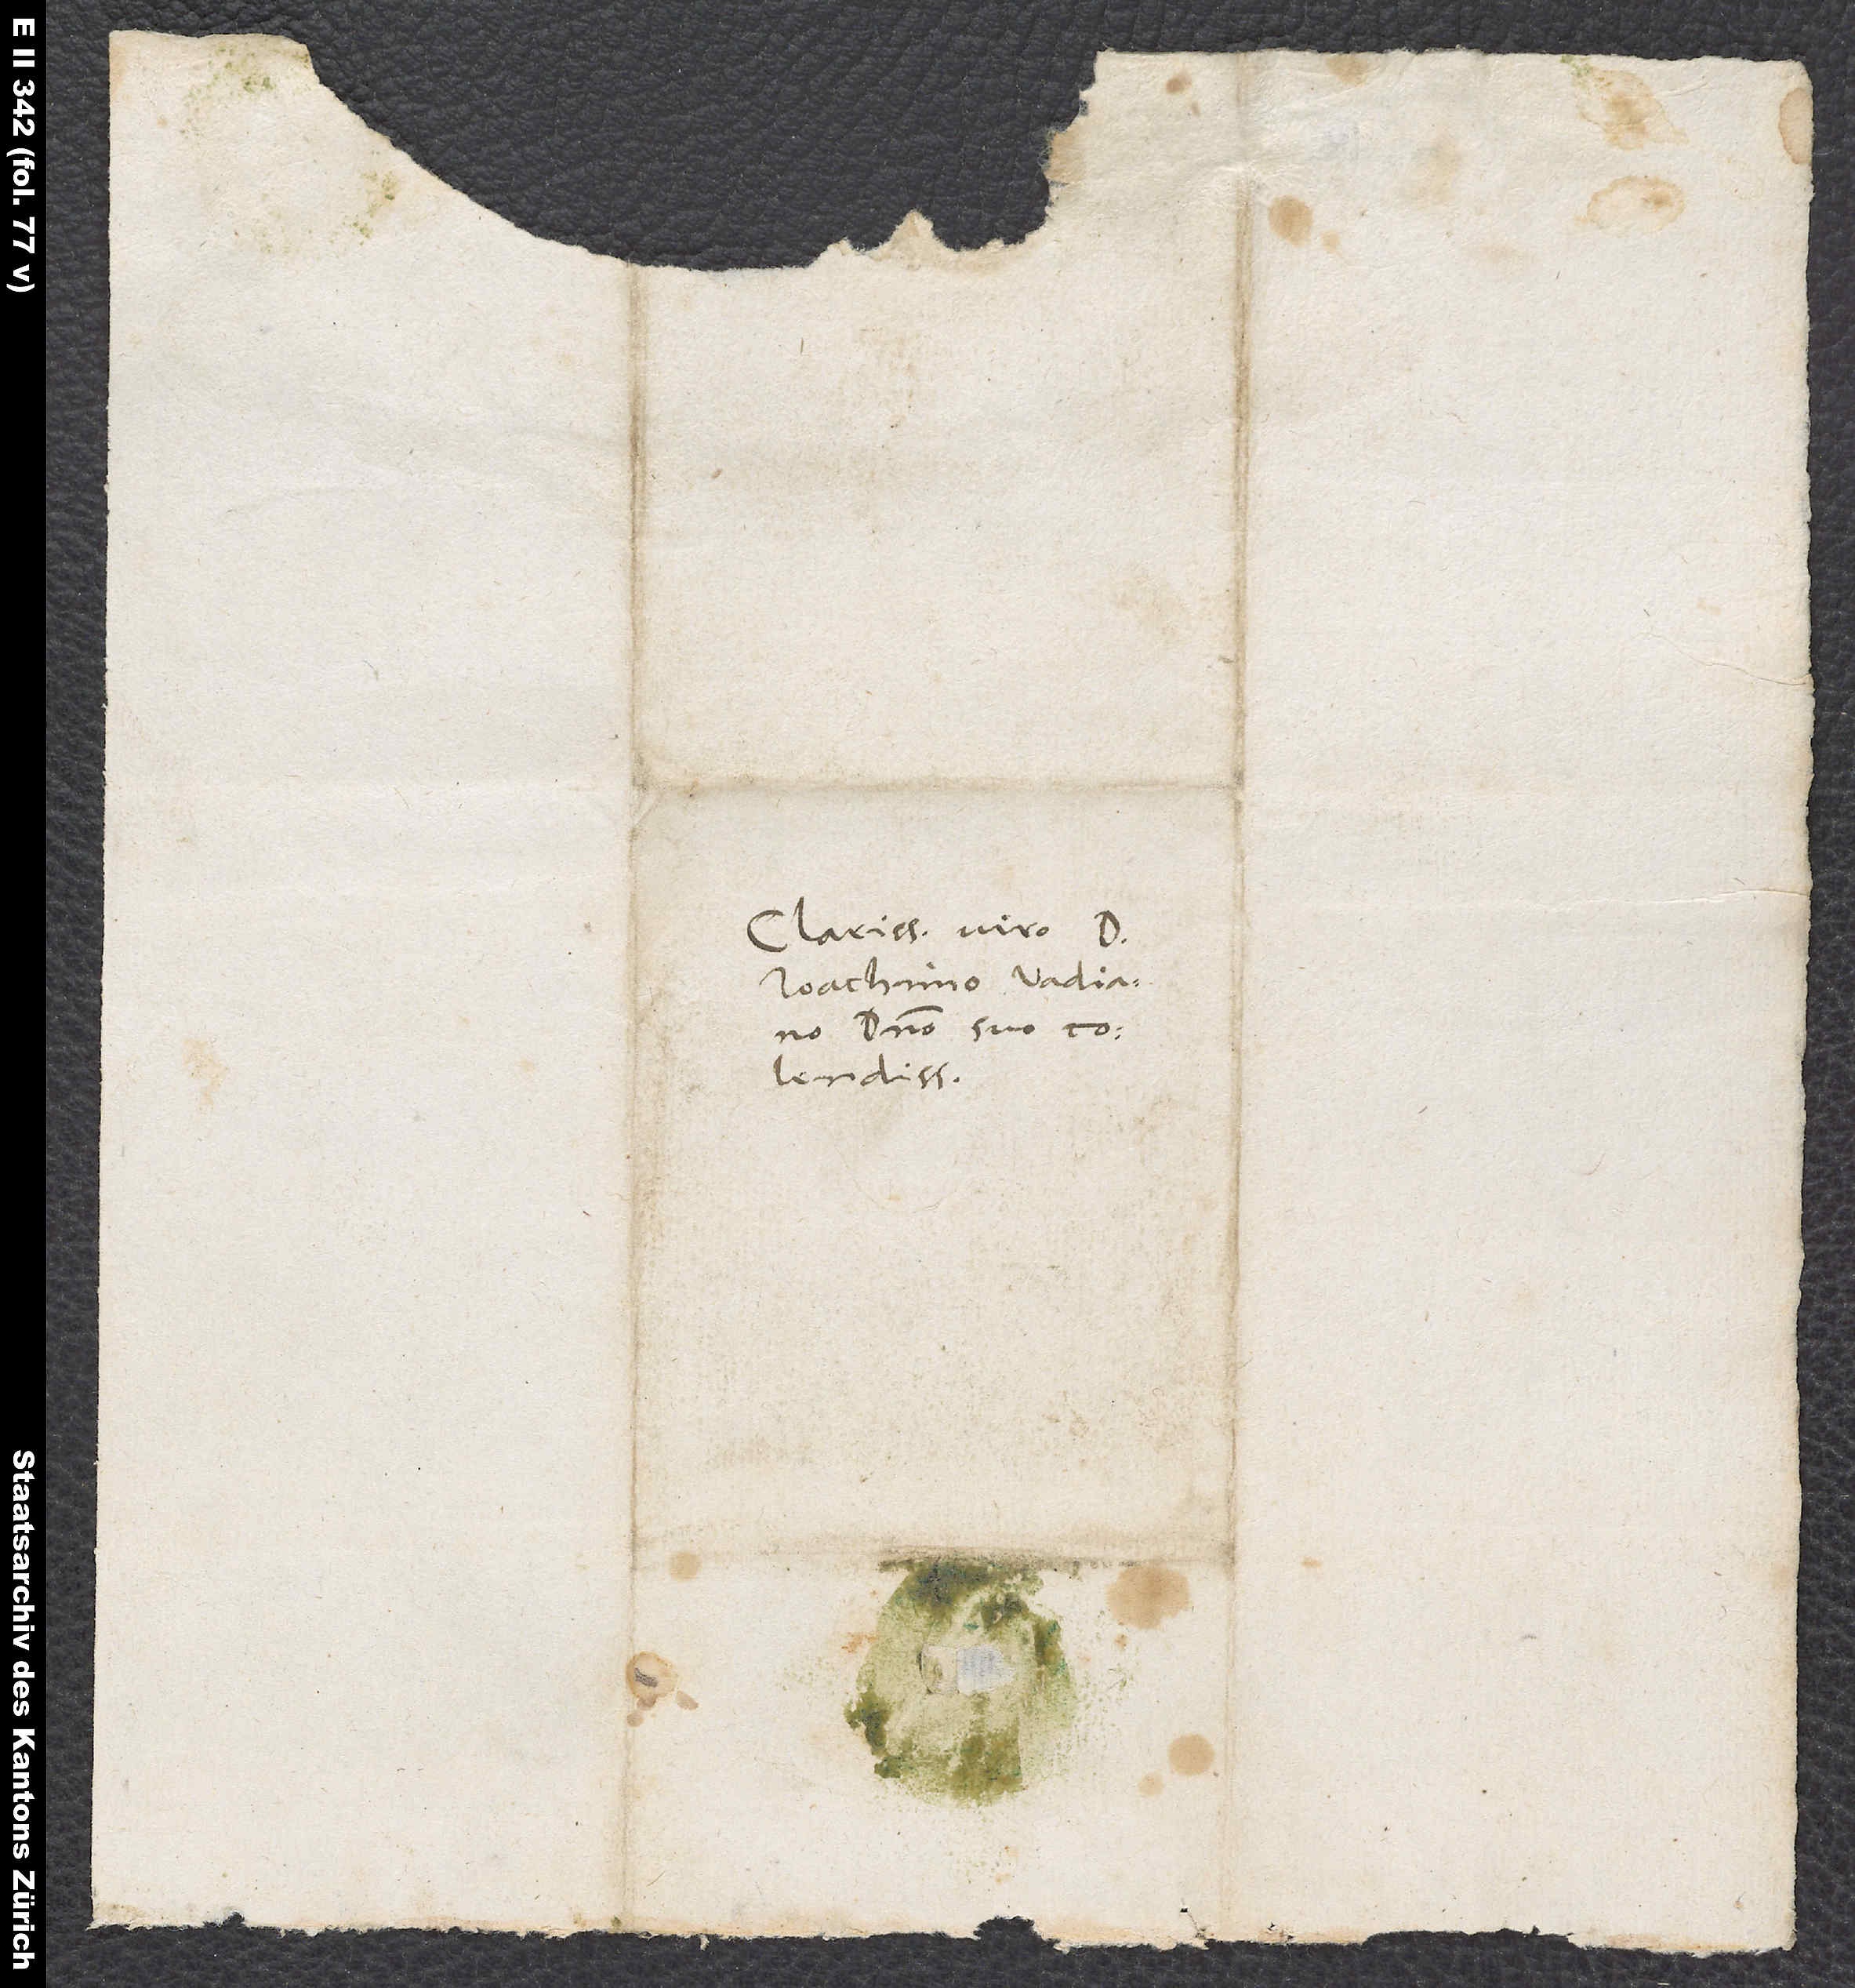
D.

Clarissimo viro D.
Ioachimo Vadiano,
domino suo
colendissimo.